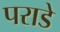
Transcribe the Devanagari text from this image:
पराडे